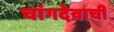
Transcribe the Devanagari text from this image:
चांगदेवाची